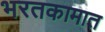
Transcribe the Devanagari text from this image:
भरतकामात